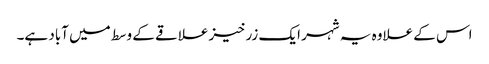
اس کے علاوہ یہ شہر ایک زرخیز علاقے کے وسط میں آباد ہے۔